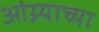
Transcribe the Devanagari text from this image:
आंग्र्याच्या